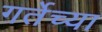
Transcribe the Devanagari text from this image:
गर्तेच्या